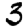
Digit: 3